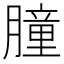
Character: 膧